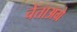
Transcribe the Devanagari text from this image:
चेताअग्रे